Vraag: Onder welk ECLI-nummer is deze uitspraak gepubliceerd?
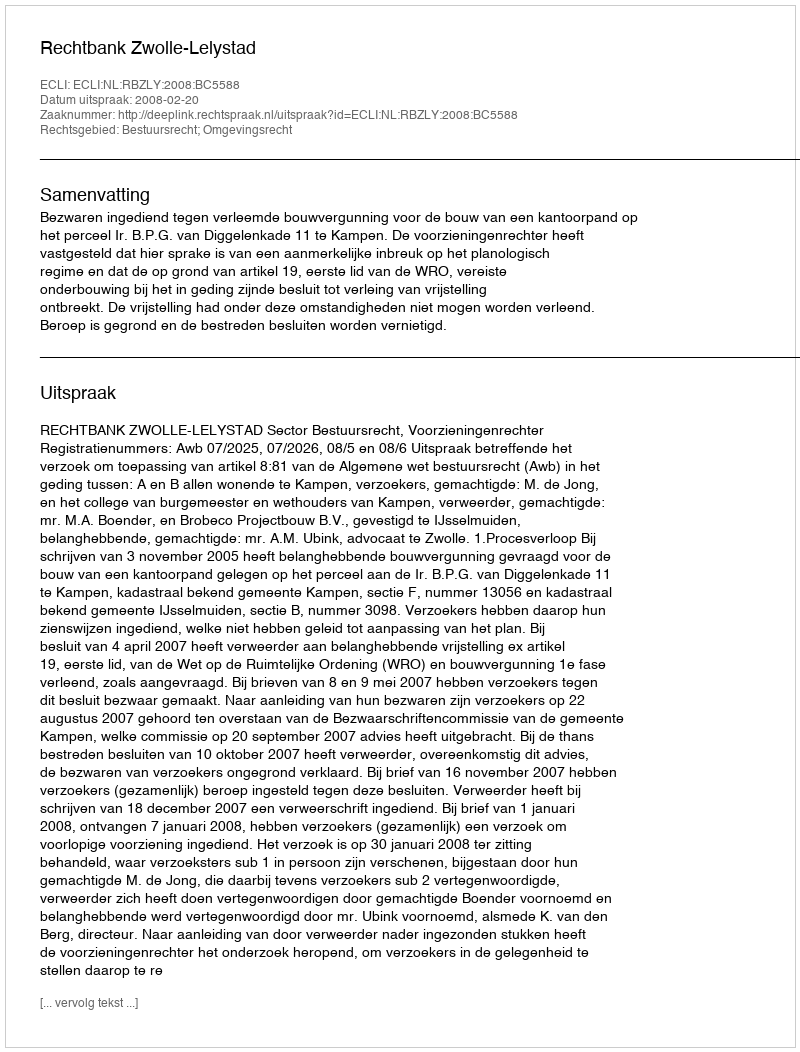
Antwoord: ECLI:NL:RBZLY:2008:BC5588